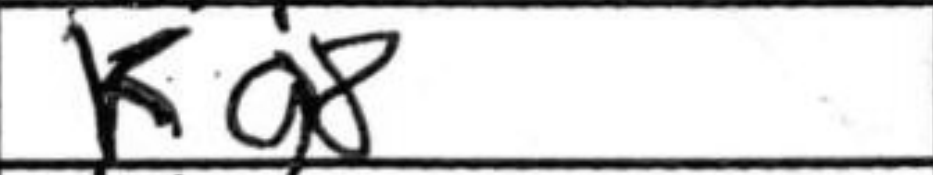
Transcription: Kg8